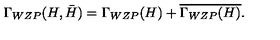
\Gamma _ { W Z P } ( H , \bar { H } ) = \Gamma _ { W Z P } ( H ) + \overline { { \Gamma _ { W Z P } ( H ) } } .